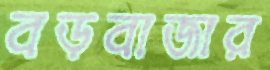
বড়বাজার